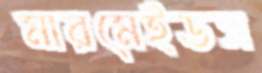
মারমেইডস